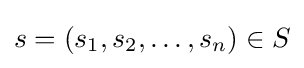
s=(s_{1},s_{2},\ldots ,s_{n})\in S